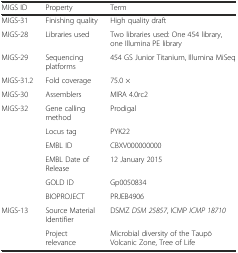
| MIGS ID | Property | Term |
 | --- | --- | --- |
 | MIGS-31 | Finishing quality | High quality draft |
 | MIGS-28 | Libraries used | Two libraries used: One 454 library, one Illumina PE library |
 | MIGS-29 | Sequencing platforms | 454 GS Junior Titanium, Illumina MiSeq |
 | MIGS-31.2 | Fold coverage | 75.0 × |
 | MIGS-30 | Assemblers | MIRA 4.0rc2 |
 | MIGS-32 | Gene calling method | Prodigal |
 |  | Locus tag | PYK22 |
 |  | EMBL ID | CBXV000000000 |
 |  | EMBL Date of Release | 12 January 2015 |
 |  | GOLD ID | Gp0050834 |
 |  | BIOPROJECT | PRJEB4906 |
 | MIGS-13 | Source Material Identifier | DSMZ DSM 25857, ICMP ICMP 18710 |
 |  | Project relevance | Microbial diversity of the Taupō Volcanic Zone, Tree of Life |